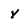
Character: Y